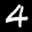
Label: 4